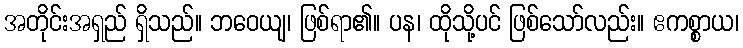
အတိုင်းအရှည် ရှိသည်။ ဘဝေယျ၊ ဖြစ်ရာ၏။ ပန၊ ထိုသို့ပင် ဖြစ်သော်လည်း။ ဧကစ္စာယ၊